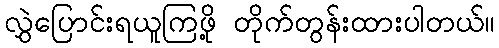
လွှဲပြောင်းရယူကြဖို့ တိုက်တွန်းထားပါတယ်။